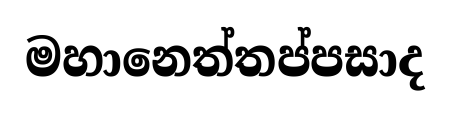
මහානෙත්තප්පසාද